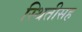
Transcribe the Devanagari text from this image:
स्थितीसह